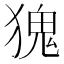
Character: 𪻆